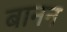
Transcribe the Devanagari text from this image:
बानन